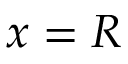
x = R